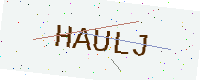
Text: HAULJ